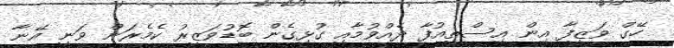
ހޭގް ވަޒީފާ އިން އިސްތިއުފާ ދެއްވުމާއި ގުޅިގެން ބޮޑުވަޒީރު ކެމެރަން ވަނީ އޭނާ